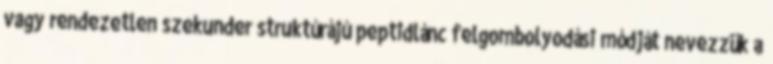
vagy rendezetlen szekunder struktúrájú peptidlánc felgombolyodási módját nevezzük a